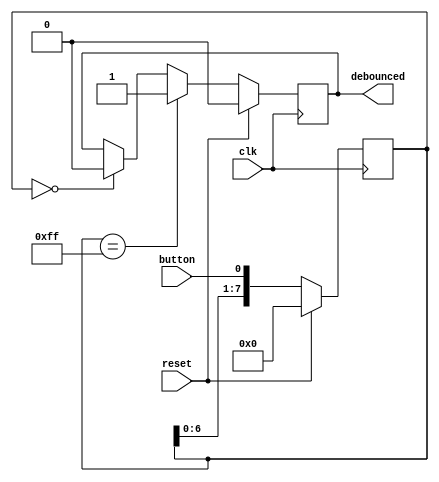
`default_nettype none
`timescale 1ns/1ns
module debounce #(
    parameter HIST_LEN = 8
)(
    input wire clk,
    input wire reset,
    input wire button,
    output reg debounced
);
    localparam on_value = 2 ** HIST_LEN - 1;
    reg [HIST_LEN-1:0] button_hist;

    always @(posedge clk) begin
        if(reset) begin

            button_hist <= 0;
            debounced <= 1'b0;

        end else begin

            button_hist <= {button_hist[HIST_LEN-2:0], button};

            if(button_hist == on_value)
                debounced <= 1'b1;

            else if(button_hist == {HIST_LEN{1'b0}})
                debounced <= 1'b0;
       end
    end

endmodule